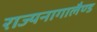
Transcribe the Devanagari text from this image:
राज्यनागालैण्ड